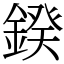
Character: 鍨